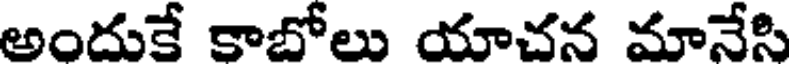
అందుకే కాబోలు యాచన మానేసి